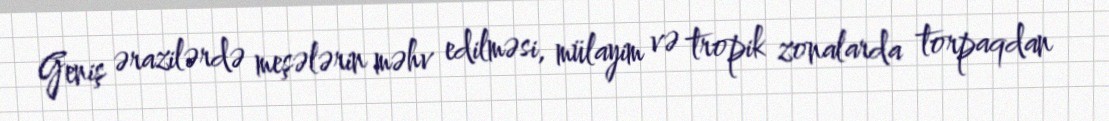
Geniş ərazilərdə meşələrin məhv edilməsi, mülayim və tropik zonalarda torpaqdan